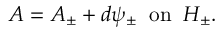
A = A _ { \pm } + d \psi _ { \pm } \; \; \mathrm { o n } \; \; H _ { \pm } .